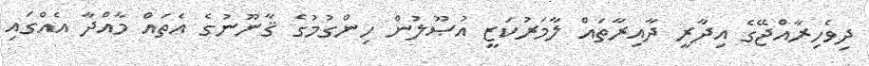
ދިވެހިރާއްޖޭގެ އިދާރީ ދާއިރާތައް ލާމަރުކަޒީ އުޞޫލުން ހިންގުމުގެ ޤާނޫނުގެ އެތައް މާއްދާ އެއްގައި